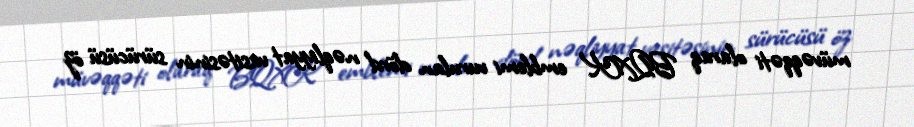
müvəqqəti olaraq BQXK emblemi vurulan dörd nəqliyyat vasitəsinin sürücüsü öz